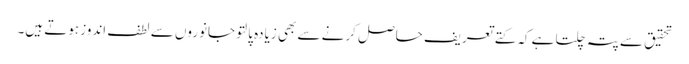
تحقیق سے پتہ چلتا ہے کہ کتے تعریف حاصل کرنے سے بھی زیادہ پالتو جانوروں سے لطف اندوز ہوتے ہیں۔